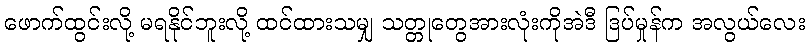
ဖောက်ထွင်းလို့ မရနိုင်ဘူးလို့ ထင်ထားသမျှ သတ္တုတွေအားလုံးကိုအဲဒီ ဒြပ်မှုန်က အလွယ်လေး